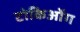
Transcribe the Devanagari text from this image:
टोकिओंग